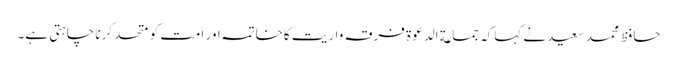
حافظ محمد سعید نے کہاکہ جماعة الدعوة فرقہ واریت کاخاتمہ اور امت کو متحد کرنا چاہتی ہے۔